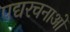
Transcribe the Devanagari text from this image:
पद्यरचनाओं